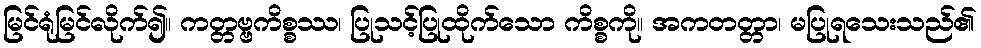
မြင်ရုံမြင်လိုက်၍။ ကတ္တဗ္ဗကိစ္စဿ၊ ပြုသင့်ပြုထိုက်သော ကိစ္စကို။ အကတတ္တာ၊ မပြုရသေးသည်၏